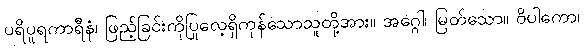
ပရိပူရကာရီနံ၊ ဖြည့်ခြင်းကိုပြုလေ့ရှိကုန်သောသူတို့အား။ အဂ္ဂေါ၊ မြတ်သော။ ဝိပါကော၊